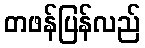
တဖန်ပြန်လည်